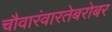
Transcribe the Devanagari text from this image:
चौवारंवारतेबरोबर